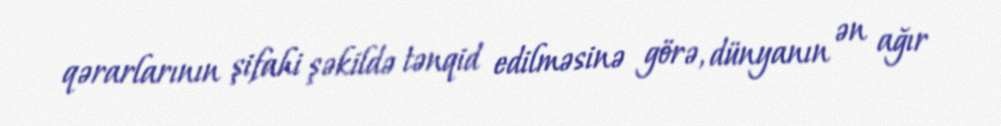
qərarlarının şifahi şəkildə tənqid edilməsinə görə, dünyanın ən ağır